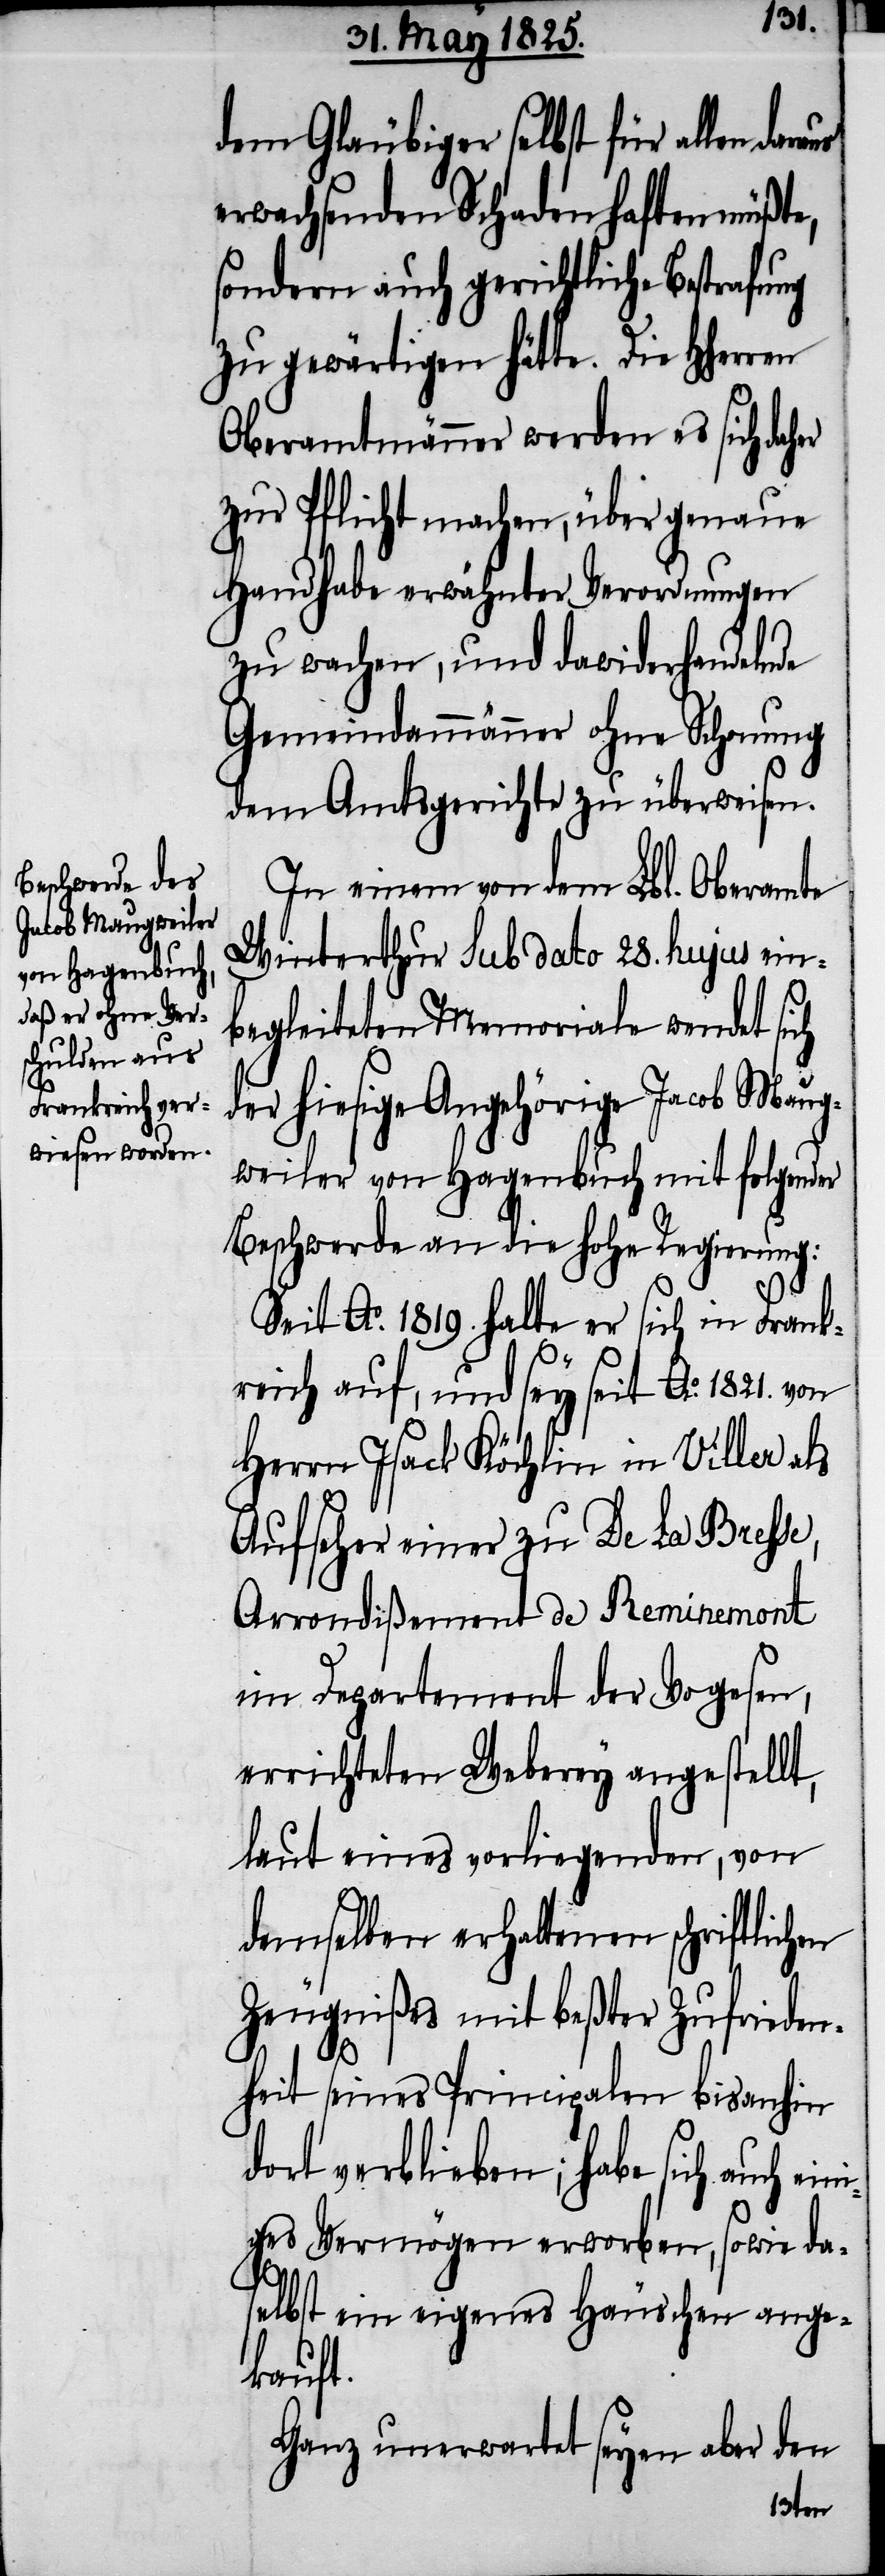
dem Gläubiger selbst für allen daraus
erwachsenden Schaden haften müßte,
sondern auch gerichtliche Bestrafung
zu gewärtigen hätte. Die HHerrn
Oberamtmänner werden es sich daher
zur Pflicht machen, über genaue
Handhabe erwähnter Verordnungen
zu wachen, und dawiderhandelnde
Gemeindammänner ohne Schonung
dem Amtsgerichte zu überweisen.
In einem von dem Lbl. Oberamte
Winterthur sub dato 28. hujus ein¬
begleiteten Memoriale wendet sich
der hiesige Angehörige Jacob Maug¬
weiler von Hagenbuch mit folgender
Beschwerde an die hohe Regierung:
ni¬
Seit Ao. 1819. halte er sich in Frank¬
reich auf, und sey seit Ao. 1821. von
Herrn Jsack Köchlin in Viller als
Aufseher einer zu De La Bresse,
Arrondißement de Reminemont
im Departement der Vogesen,
errichteten Weberey angestellt,
laut eines vorliegenden, von
demselben erhaltenen schriftlichen
Zeugnißes mit beßter Zufrieden¬
heit seines Principalen bis anhin
dort verblieben; habe sich auch ei¬
ges Vermögen erworben, sowie da¬
selbst ein eigenes Häuschen ange¬
kauft.
Ganz unerwartet seyen aber den